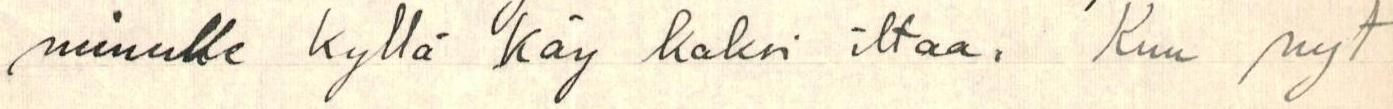
minulle kyllä käy kaksi iltaa. Kun nyt